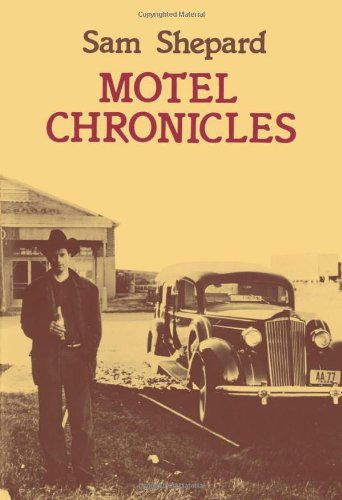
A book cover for Motel Chronicles; Sam Shepard; Biographies & Memoirs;